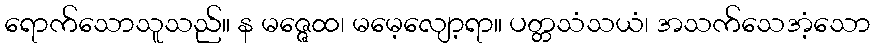
ရောက်သောသူသည်။ န မဇ္ဇေထ၊ မမေ့လျော့ရာ။ ပတ္တသံသယံ၊ အသက်သေအံ့သော